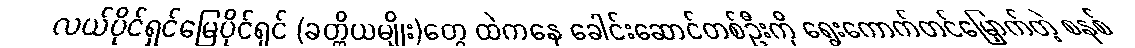
လယ်ပိုင်ရှင်မြေပိုင်ရှင် (ခတ္တိယမျိုး)တွေ ထဲကနေ ခေါင်းဆောင်တစ်ဦးကို ရွေးကောက်တင်မြှောက်တဲ့ စနစ်